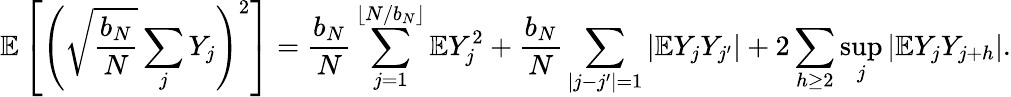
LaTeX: \mathbb{E}\left[\left(\sqrt{\frac{b_{N}}{N}}\sum_{j}Y_{j}\right)^{2}\right]=\frac{b_{N}}{N}\sum_{j=1}^{\lfloor N/b_{N}\rfloor}\mathbb{E}Y_{j}^{2}+\frac{b_{N}}{N}\sum_{|j-j^{\prime}|=1}|\mathbb{E}Y_{j}Y_{j^{\prime}}|+2\sum_{h\ge 2}\operatorname*{sup}_{j}|\mathbb{E}Y_{j}Y_{j+h}|.